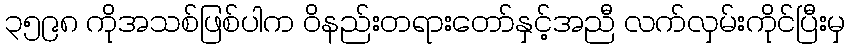
၃၅၉၈ ကိုအသစ်ဖြစ်ပါက ဝိနည်းတရားတော်နှင့်အညီ လက်လှမ်းကိုင်ပြီးမှ